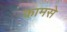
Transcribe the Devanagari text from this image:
कामसे